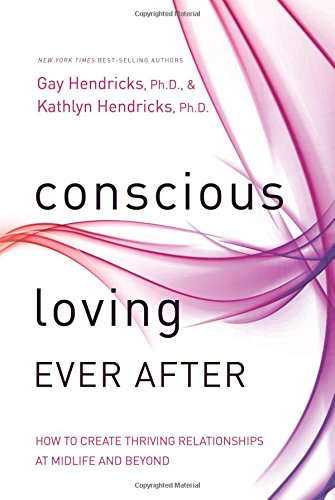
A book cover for Conscious Loving at Midlife and Beyond: How to Create Thriving Relationships at Midlife and Beyond; Gay Hendricks; Self-Help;